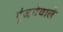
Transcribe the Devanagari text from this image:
गूंजनेवाले